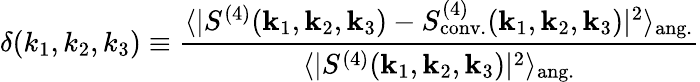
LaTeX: \delta(k_{1},k_{2},k_{3})\equiv\frac{\langle|S^{(4)}(\mathbf{k}_{1},\mathbf{k}_{2},\mathbf{k}_{3})-S_{\mathrm{conv.}}^{(4)}(\mathbf{k}_{1},\mathbf{k}_{2},\mathbf{k}_{3})|^{2}\rangle_{\mathrm{ang.}}}{\langle|S^{(4)}(\mathbf{k}_{1},\mathbf{k}_{2},\mathbf{k}_{3})|^{2}\rangle_{\mathrm{ang.}}}